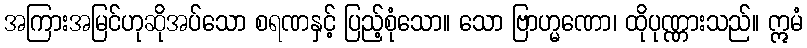
အကြားအမြင်ဟုဆိုအပ်သော စရဏနှင့် ပြည့်စုံသော။ သော ဗြာဟ္မဏော၊ ထိုပုဏ္ဏားသည်။ ဣမံ